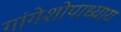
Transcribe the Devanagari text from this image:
गांगेशोपाध्याय